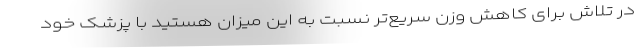
در تلاش برای کاهش وزن سریع‌تر نسبت به این میزان هستید با پزشک خود